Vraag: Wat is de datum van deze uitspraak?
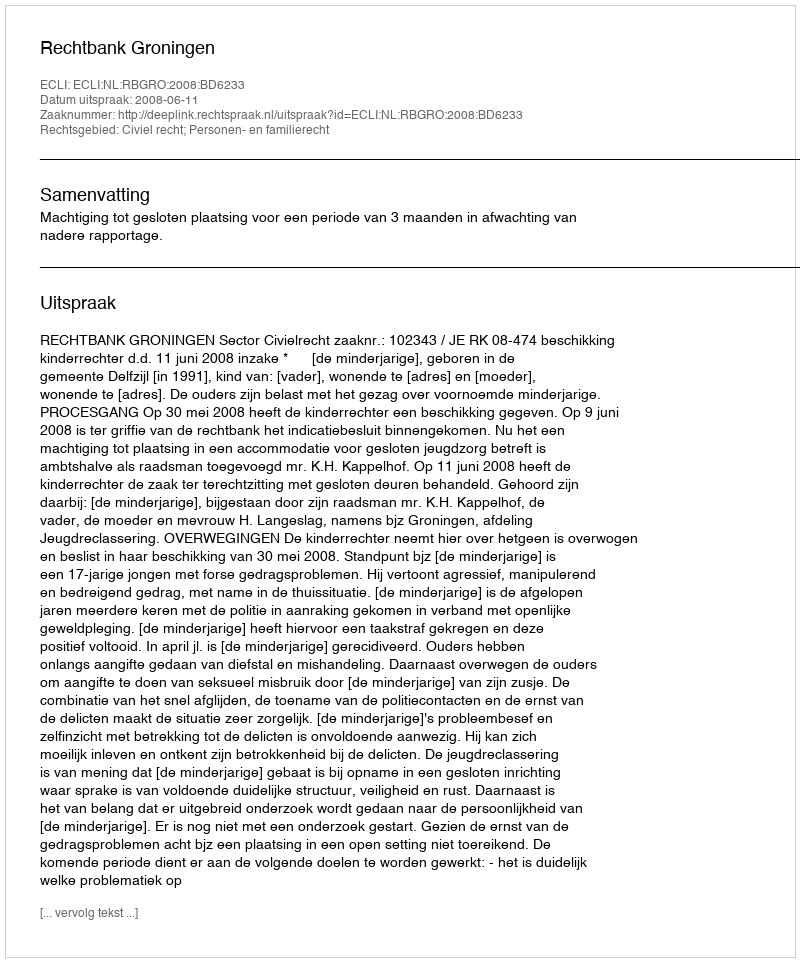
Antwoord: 2008-06-11